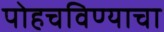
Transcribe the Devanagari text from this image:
पोहचविण्याचा